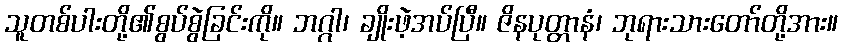
သူတစ်ပါးတို့၏စွပ်စွဲခြင်းကို။ ဘဂ္ဂါ၊ ချိုးဖဲ့အပ်ပြီ။ ဇိနပုတ္တာနံ၊ ဘုရားသားတော်တို့အား။